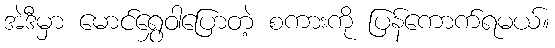
အဲဒီမှာ မောင်ရွှေဝါပြောတဲ့ စကားကို ပြန်ကောက်ရမယ်။